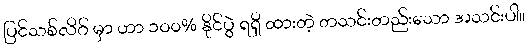
ပြင်သစ်လိဂ် မှာ ဟာ ၁၀၀% နိုင်ပွဲ ရရှိ ထားတဲ့ တသင်းတည်းသော အသင်းပါ။